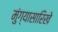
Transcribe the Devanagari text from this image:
मुंग्यासारिखे